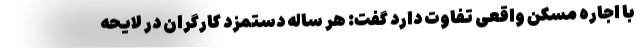
با اجاره مسکن واقعی تفاوت دارد گفت: هر ساله دستمزد کارگران در لایحه